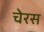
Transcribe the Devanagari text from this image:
चेरस